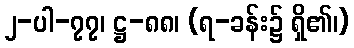
၂-ပါ-၇၇၊ ဋ္ဌ-၈၈၊ (ရ-ခန်း၌ ရှိ၏၊)